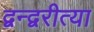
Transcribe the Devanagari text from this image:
द्वन्द्वरीत्या